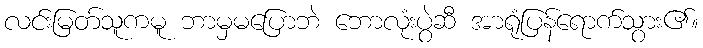
လင်းမြတ်သူကမူ ဘာမှမပြောဘဲ ဘောလုံးပွဲဆီ အာရုံပြန်ရောက်သွား၏။